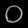
Digit: ၀